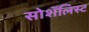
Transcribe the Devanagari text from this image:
सोशॅलिस्ट